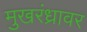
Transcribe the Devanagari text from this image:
मुखरंध्रावर